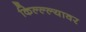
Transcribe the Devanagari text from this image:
किल्ल्ल्यावर